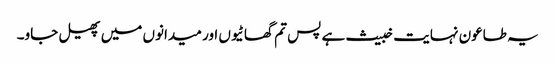
یہ طاعون نہایت خبیث ہے پس تم گھاٹیوں اور میدانوں میں پھیل جاو۔